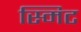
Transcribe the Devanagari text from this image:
स्मिट